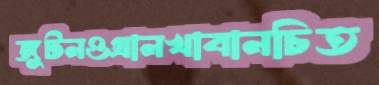
জুটনওগ্‌রানখাবানচিত